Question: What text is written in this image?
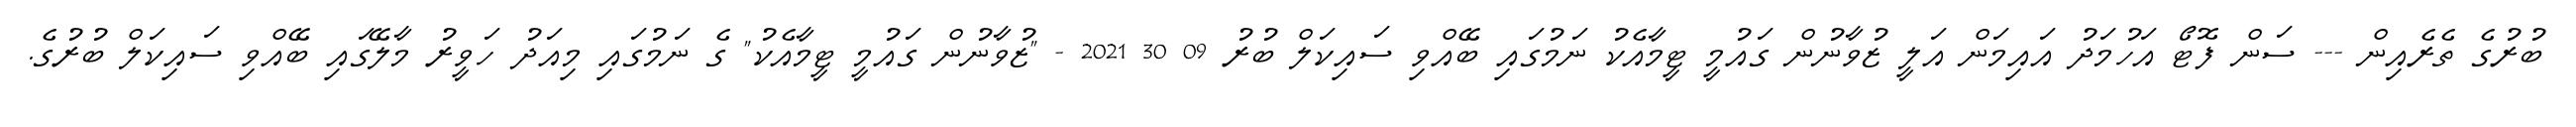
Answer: ބުރުގެ ތެރެއިން --- ސަން ފޮޓޯ އަހުމަދު އައިމަން އަލީ ޒުވާނުން ގައުމީ ޓީމާއެކު ނަމުގައި ބޭއްވި ސައިކަލް ބުރު 09 30 2021 - "ޒުވާނުން ގައުމީ ޓީމާއެކު" ގެ ނަމުގައި މިއަދު ހަވީރު މާލޭގައި ބޭއްވި ސައިކަލް ބުރުގެ.